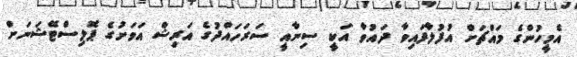
އެމީހުންގެ މައްޗަށް އުފުލާފައިވާ ދައުވާ އަކީ ސިނާއީ ސަރަހައްދުގެ އަރިޝް އަވަށުގެ ޕޮލިސްޓޭޝަނަށް